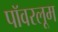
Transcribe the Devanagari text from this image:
पॉवरलूम